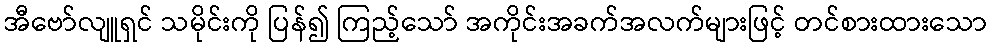
အီဗော်လျူရှင် သမိုင်းကို ပြန်၍ ကြည့်သော် အကိုင်းအခက်အလက်များဖြင့် တင်စားထားသော